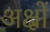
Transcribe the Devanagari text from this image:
अक्ष्रों